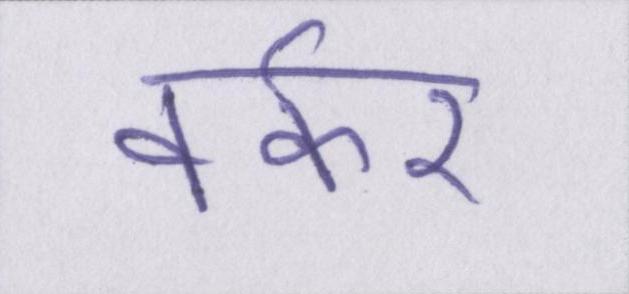
वर्कर